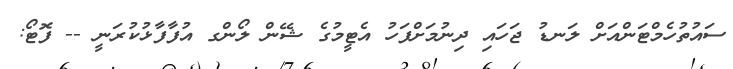
ސައުތުހެމްޓަންއަށް ލަނޑު ޖަހައި ދިނުމަށްފަހު އެޓީމުގެ ޝޭން ލޯންގ އުފާފާޅުކުރަނީ -- ފޮޓޯ: